Medical and sanitary report of the native army of Bengal for the year
Year: 1875
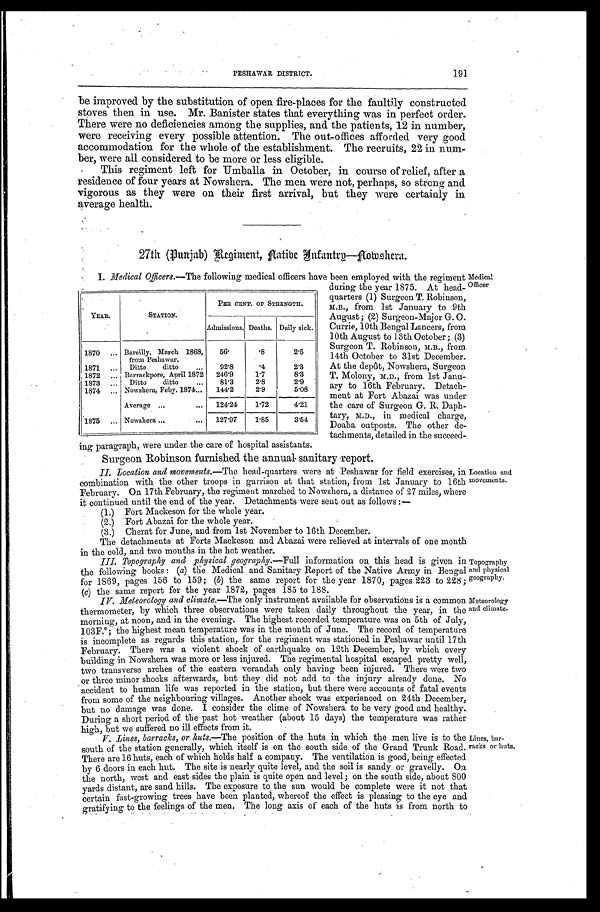
PESHAWAR DISTRI
191
be improved by the substitution of open fire-places for the faultily constructed
stoves then in use. Mr. Banister states that everything was in perfect order.
There were no deficiencies among the supplies, and the patients, 12 in number,
w e r e r e c e i v i n g e v e r y p o s s i b l e a t t e n t i o n . T h e o u t - o f f i c e s a f f o r d e d v e r y g o o d
accommodation for the whole of the establishment. The recruits, 22 in num
- b e r , we r e a l l c o n s i d e r e d t o b e mo r e o r l e s s e l i g i b l e .
This regiment left for Umballa in October, in course of relief, after a
residence of four years at Nowshera. The men were not, perhaps, so strong and
vigorous as they were on their first arrival, but they were certainly in
average health.
27th (Punjab) Regiment, Native Infantry—Nowshera.
I. Medical Officers.—The following medical officers have been employed with the regiment
during the year 1875. At head
-quarters (1) Surgeon T. Robinson,
M.B., from 1st January to 9th
August; (2) Surgeon-Major G. O.
Currie, 10th Bengal Lancers, from
10th August to 13th October; (3)
Surgeon T. Robinson, M.B., from
14th October to 31st December.
At the depôt, Nowshera, Surgeon
T. Molony, M.D., from 1st Janu
-ary to 16th February. Detach
-ment at Fort Abazai was under
the care of Surgeon G. R. Daph
-tary, M.D., in medical charge,
Doaba outposts. The other de
-tachments, detailed in the succeed
-ing paragraph, were under the care of hospital assistants.
YEAR.
STATION.
PER CENT. OF STRENGTH.
Admissions. Deaths. Daily sick.
1870
Bar ei l l y, Mar ch 1868, f r om Pes hawar .
5 6 ·
· 8
2 · 5
1871
Ditto ditto
9 2 · 8
· 4
2 · 3
1872
Barrackpore, Apri l 1872
2 4 6 · 9
1 · 7
8 · 3
1873
Ditto ditto
8 1 · 3
2 · 8
2 · 9
1874
Nowshera, Feby. 1874
1 4 4 . 2
2 · 9
5 · 0 8
A v e r a g e
1 2 4 · 2 4
1 · 7 2
4 · 2 1
1875
Nowshera
1 2 7 · 9 7
1 · 8 5
3 · 5 4
Medical
Officer
Surgeon Robinson furnished the annual-sanitary report.
II. Location and movements. —The head-quarters were at Peshawar for field exercises, in
combination with the other troops in garrison at that station, from 1st January to 16th
February. On 17th February, the regiment marched to Nowshera, a distance of 27 miles, where
it continued until the end of the year. Detachments were sent out as follows
:—
(1.) Fort Mackeson for the whole year.
(2.) Fort Abazai for the whole year.
(3.) Cherat for June, and from 1st November to 16th December.
The detachments at Forts Mackeson and Abazai were relieved at intervals of one month
in the cold, and two months in the hot weather.
III. Topography and physical geography.—Full information on this head is given in
the following books: ( a) the Medical and Sanitary Report of the Native Army in Bengal
for 1869, pages 156 to 159; (b) the same report for the year 1870, pages 223 to 228;
(c) the same report for the year 1872, pages 185 to 188.
Location and
movements.
Topography
and physical
geography.
IV. Meteorology and climate.—The only instrument available for observations is a common
thermometer, by which three observations were taken daily throughout the year, in the
morning, at noon, and in the evening. The highest recorded temperature was on 5th of July,
103F.°; the highest mean temperature was in the month of June. The record of temperature
is incomplete as regards this station, for the regiment was stationed in Peshawar until 17th
February. There was a violent shock of earthquake on 12th December, by which every
building in Nowshera was more or less injured. The regimental hospital escaped pretty well,
two transverse arches of the eastern verandah only having been injured. There were two
or three minor shocks afterwards, but they did not add to the injury already done. No
accident to human life was reported in the station, but there were accounts of fatal events
from some of the neighbouring villages. Another shock was experienced on 24th December,
but no damage was done. I consider the clime of Nowshera to be very good and healthy.
During a short period of the past hot weather (about 15 days) the temperature was rather
high, but we suffered no ill effects from it.
V. Lines, barracks, or huts.—The position of the huts in which the men live is to the
south of the station generally, which itself is on the south side of the Grand Trunk Road.
There are 16 huts, each of which holds half a company. The ventilation is good, being effected
by 6 doors in each hut. The site is nearly quite level, and the soil is sandy or gravelly. On
the north, west and east sides the plain is quite open and level; on the south side, about 800
yards distant, are sand hills. The exposure to the sun would be complete were it not that
certain fast-growing trees have been planted, whereof the effect is pleasing to the eye and
gratifying to the feelings of the men. The long axis of each of the huts is from north to
Meteorology
and climate.
Lines, bar
-racks or huts.